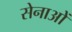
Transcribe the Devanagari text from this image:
सेनाओें